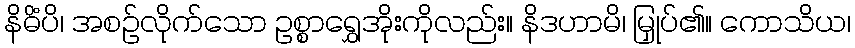
နိဓိံပိ၊ အစဉ်လိုက်သော ဥစ္စာရွှေအိုးကိုလည်း။ နိဒဟာမိ၊ မြှုပ်၏။ ကောသိယ၊